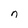
Character: n